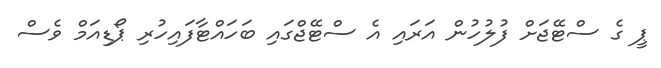
ޕީ ގެ ސްޓޭޖަށް ފުލުހުން އަރައި އެ ސްޓޭޖްގައި ބަހައްޓާފައިހުރި ޕޯޑިއަމް ވެސް